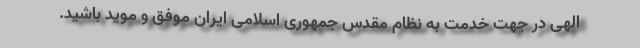
الهی در جهت خدمت به نظام مقدس جمهوری اسلامی ایران موفق و موید باشید.